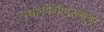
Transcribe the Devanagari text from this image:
पश्चातपेशीपटलावर